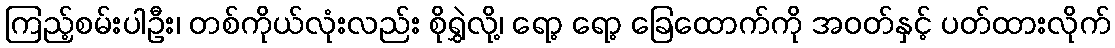
ကြည့်စမ်းပါဦး၊ တစ်ကိုယ်လုံးလည်း စိုရွှဲလို့၊ ရော့ ရော့ ခြေထောက်ကို အဝတ်နှင့် ပတ်ထားလိုက်